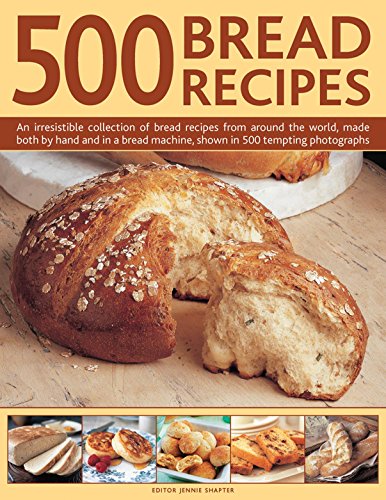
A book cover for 500 Bread Recipes: An Irresistible Collection Of Bread Recipes From Around The World, Made Both By Hand And In A Bread Machine, Shown In 500 Tempting Photographs; Jennie Shapter; Cookbooks, Food & Wine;